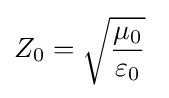
Z_{0}={\sqrt {\mu _{0} \over \varepsilon _{0}}}\